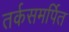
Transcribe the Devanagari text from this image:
तर्कसमर्पित